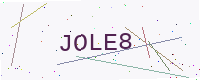
Text: JOLE8